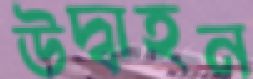
উদ্বাহন